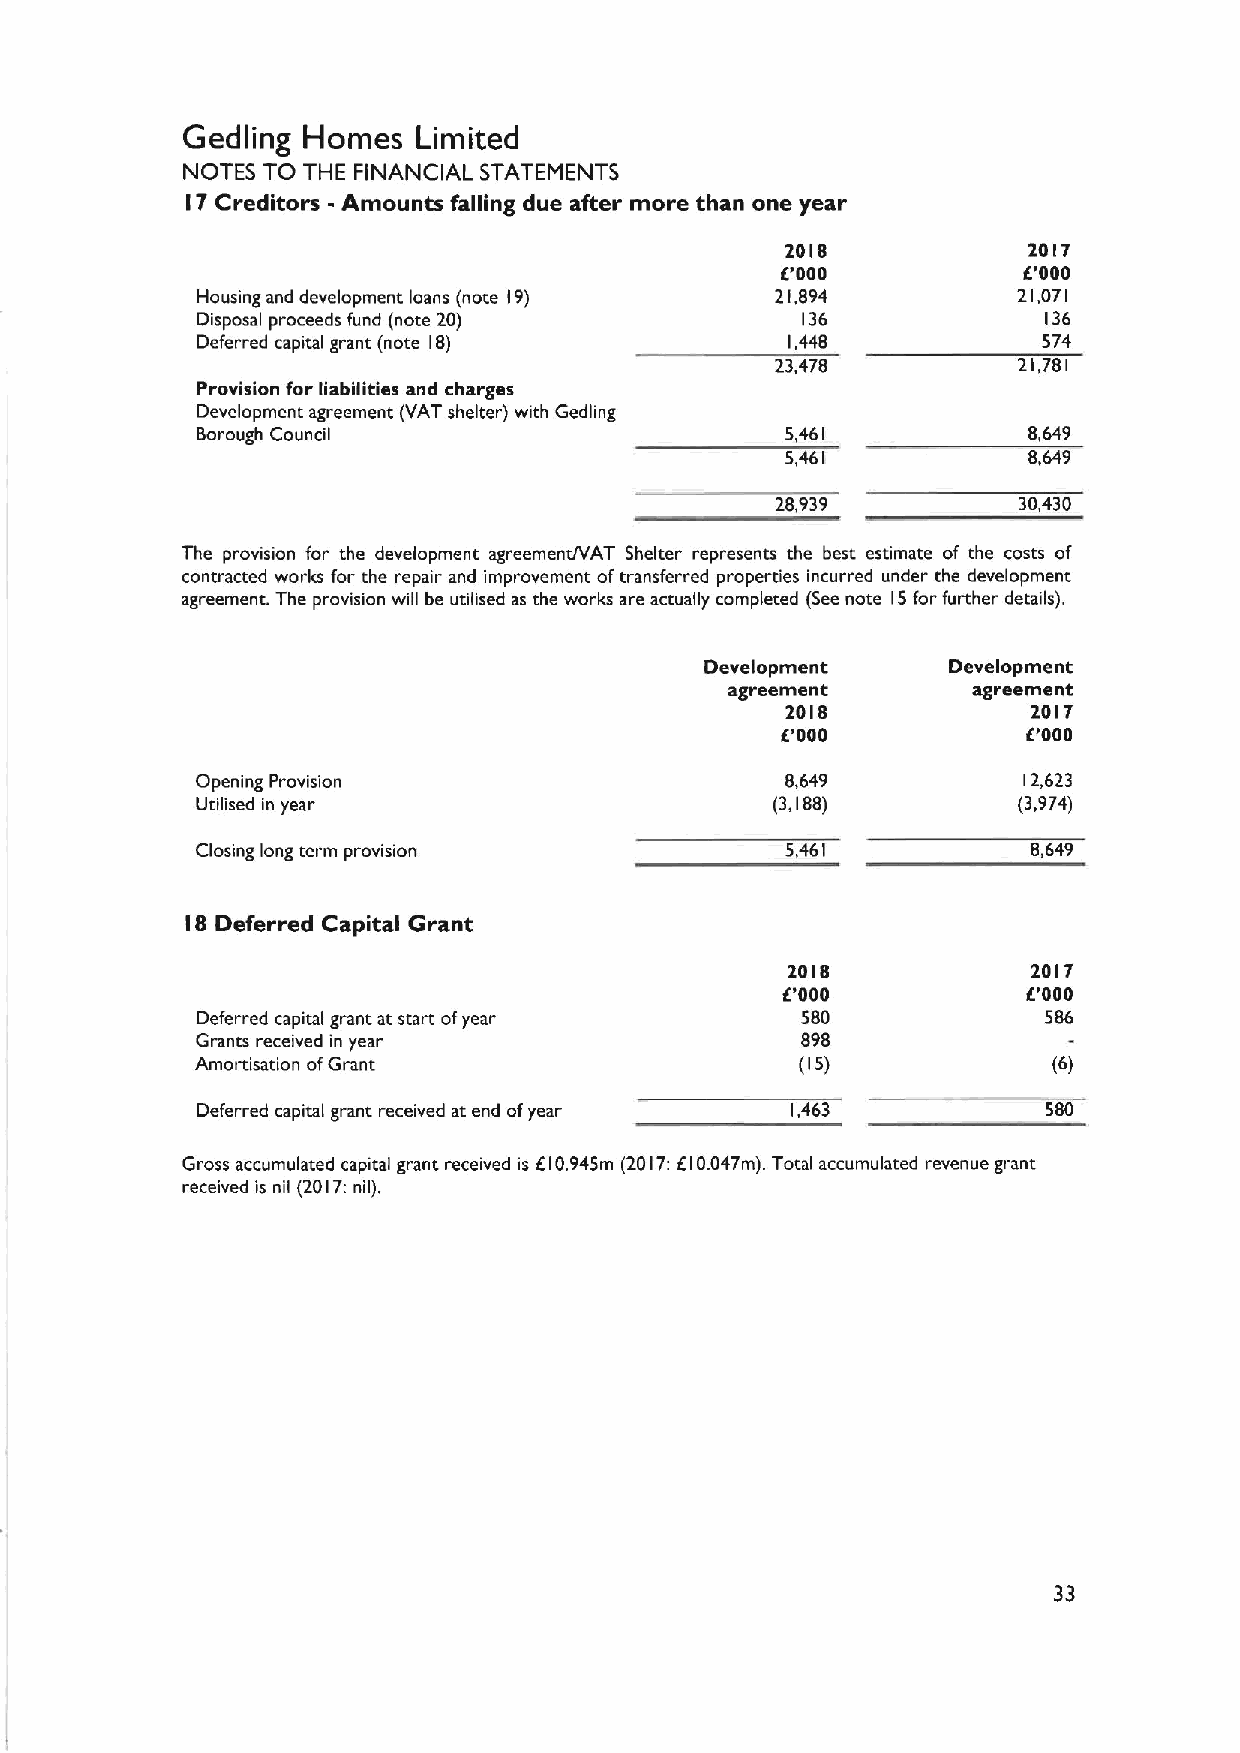
Gedling Homes   Limited
 NOTES TO THE FINANCIAL STATEMENTS
 17Creditors - Amounts falling due after more than one year
 2018            2017
 E'000           E'000
 Housing and development loans (note 19) 21,894        21,071
 Disposal proceeds fund (note 20)        136             136
 Deferred capital grant (note 18)       1,448            574
 23,478          21,781
 Provision for liabilities and charges
 Development agreement (VAT shelter) with Gedling
 Borough Council                        5,461           8,649
 5,461           8,649
 28,939          30,430
 The provision for the development agreement/VAT Shelter represents the best estimate of the costs of
 contracted works for the repair and improvement oftransferred properties incurred under the development
 agreement. The provision will be utilised as the works are actually completed (See note 15for further details).
 Development     Development
 agreement       agreement
 2018            2017
 E'000           E'000
 Opening Provision                      8,649           12,623
 Utilised in year                      (3,188)         (3,974)
 Closing long term provision            5,461           8,649
 18 Deferred Capital Grant
 2018            2017
 E'000           E'000
 Deferred capital grant at start ofyear  580             586
 Grants received in year                 898
 Amortisation ofGrant                    (I5)             (6)
 Deferred capital grant received at end ofyear 1,463     580
 Gross accumulated capital grant received is E10.945m (2017:E10.047m). Total accumulated revenue grant
 received is nil (2017:nil).
 33